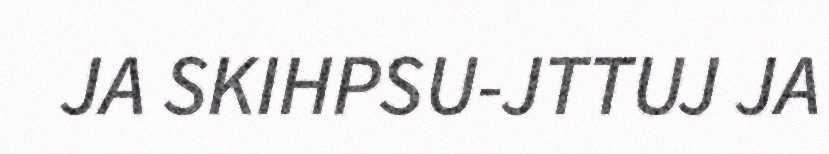
JA SKIHPSU-JTTUJ JA